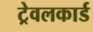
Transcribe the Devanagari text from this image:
ट्रेवलकार्ड